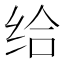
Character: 给